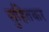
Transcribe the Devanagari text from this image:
सुहितकर